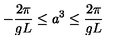
- \frac { 2 \pi } { g L } \leq a ^ { 3 } \leq \frac { 2 \pi } { g L }